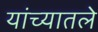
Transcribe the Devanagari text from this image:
यांच्यातले